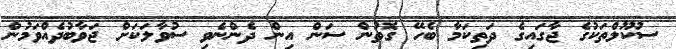
ސުކޫލްތަކުގެ ޖާގައިގެ ދަތިކަމާ ބެހޭ ގޮތުން ސަން އިން ދެންނެވި ސުވާލަކަށް ޖަވާބުދެއްވަމުން